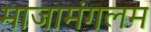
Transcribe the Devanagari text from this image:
माजामंगलम